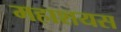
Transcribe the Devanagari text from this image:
महाशयस